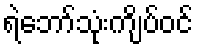
ရဲဘော်သုံးကျိပ်ဝင်